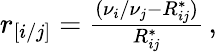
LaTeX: \begin{array}{r}{r_{[i/j]}=\frac{(\nu_{i}/\nu_{j}-R_{ij}^{*})}{R_{ij}^{*}}\, ,}\end{array}